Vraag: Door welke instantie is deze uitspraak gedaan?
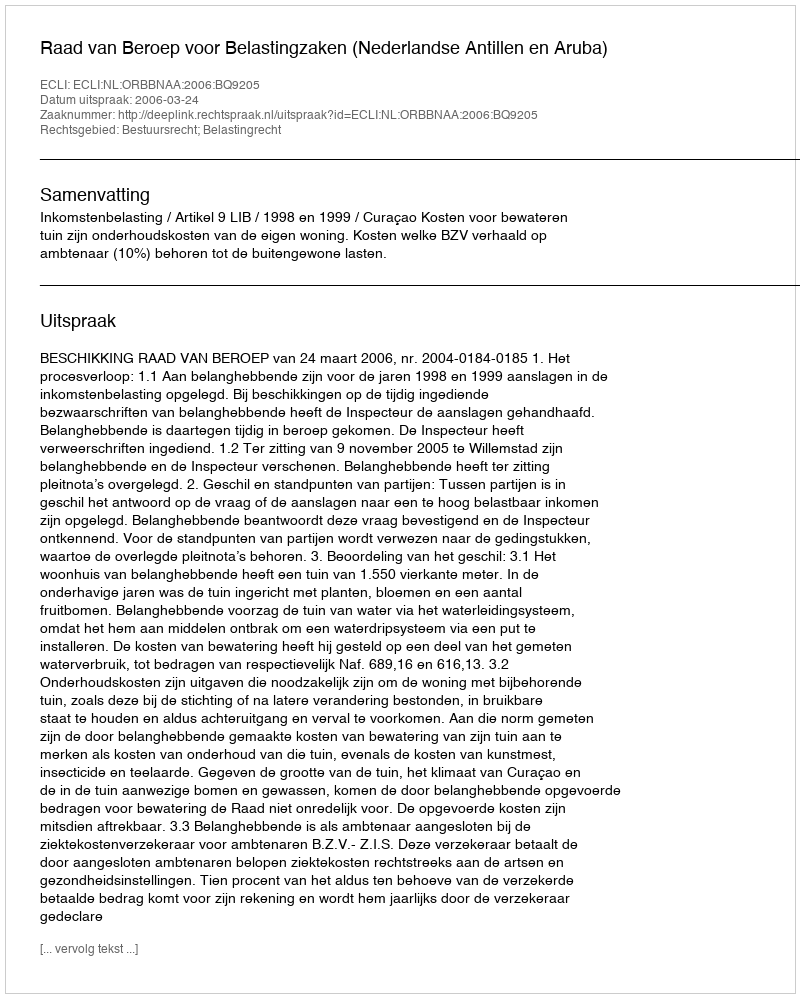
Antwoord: Raad van Beroep voor Belastingzaken (Nederlandse Antillen en Aruba)